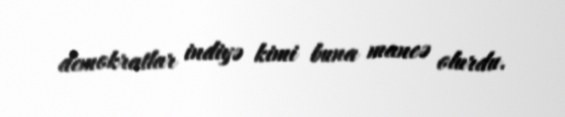
demokratlar indiyə kimi buna maneə olurdu.